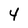
Character: 4